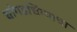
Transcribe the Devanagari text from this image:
धांगडधिंग्याचा